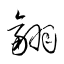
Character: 翮